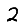
Digit: 2